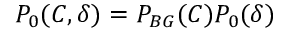
P _ { 0 } ( C , \delta ) = P _ { B G } ( C ) P _ { 0 } ( \delta )